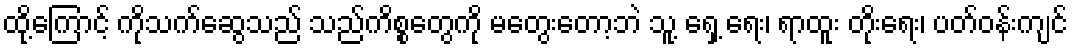
ထို့ကြောင့် ကိုသက်ဆွေသည် သည်ကိစ္စတွေကို မတွေးတော့ဘဲ သူ့ ရှေ့ ရေး၊ ရာထူး တိုးရေး၊ ပတ်ဝန်းကျင်